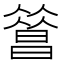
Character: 𣊦